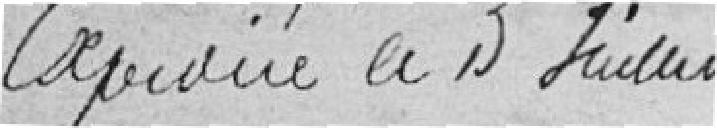
Expédiée le 5 juillet